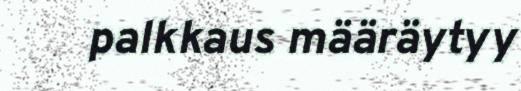
palkkaus määräytyy